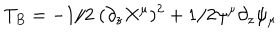
T _ { B } = - 1 / 2 \ ( \partial _ { z } X ^ { \mu } ) ^ { 2 } + 1 / 2 \psi ^ { \mu } \partial _ { z } \psi _ { \mu }